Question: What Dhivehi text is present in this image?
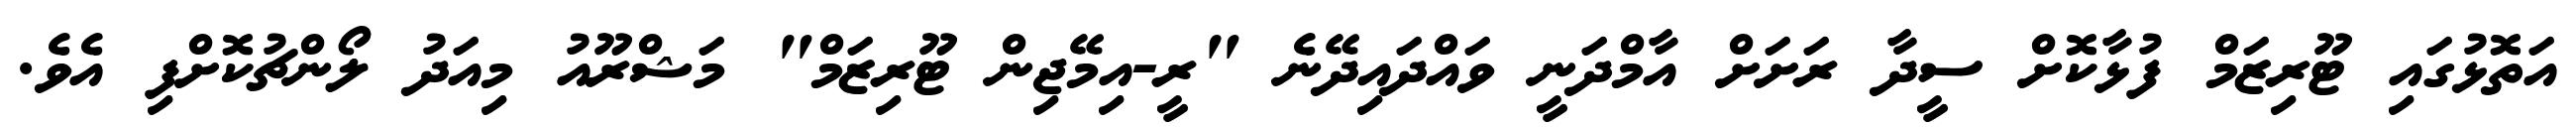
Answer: އަތޮޅުގައި ޓޫރިޒަމް ފުޅާކޮށް ސީދާ ރަށަށް އާމްދަނީ ވައްދައިދޭނެ "ރީ-އިމޭޖިން ޓޫރިޒަމް" މަޝްރޫއު މިއަދު ލޯންޗުކޮށްފި އެވެ.